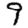
Digit: 9